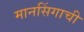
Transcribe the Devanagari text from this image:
मानसिंगाची